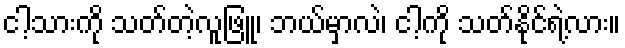
ငါ့သားကို သတ်တဲ့လူဖြူ၊ ဘယ်မှာလဲ၊ ငါ့ကို သတ်နိုင်ရဲ့လား။